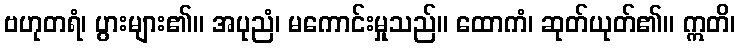
ဗဟုတရံ၊ ပွားများ၏။ အပုညံ၊ မကောင်းမှုသည်။ ထောကံ၊ ဆုတ်ယုတ်၏။ ဣတိ၊